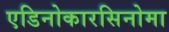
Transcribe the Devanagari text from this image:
एडिनोकारसिनोमा